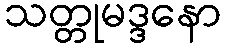
သတ္တုမဒ္ဒနော